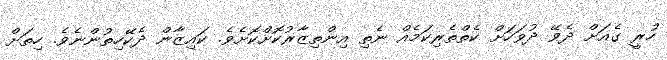
ހުރީ ގެއަށް ދެވޭ ދުވަހަށް ކެތްތެރިކަމެއް ނެތި އިންތިޒާރުކޮށްކޮށެވެ. ކައިޒާން ދެކޭހިތުންނެވެ. ހިތަށް